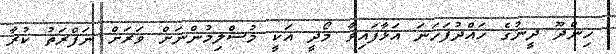
ހިންދޫ ދީނުގެ ހައްދުފަހަނަ އަޅާފައިވާ މޯދީ އަކީ މުސްލިމުންނަށް ވަރަށް ނަފްރަތު ކުރާ